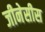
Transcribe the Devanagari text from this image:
जीनेसीस